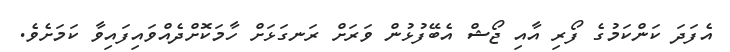
އެފަދަ ކަންކަމުގެ ފޯރި އާއި ޖޯޝް އެބޭފުޅުން ވަރަށް ރަނގަޅަށް ހާމަކޮށްދެއްވައިފައިވާ ކަމަށެވެ.